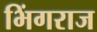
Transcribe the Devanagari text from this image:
भिंगराज